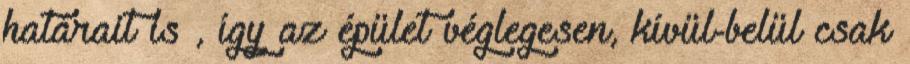
határait is , így az épület véglegesen, kívül-belül csak